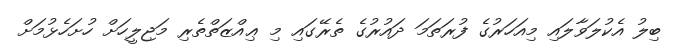
ބިލު އެކުލަވާލައި މިއަހަރުގެ ފުރަތަމަ ދައުރުގެ ތެރޭގައި މި ޢިއްޒަތްތެރި މަޖިލީހަށް ހުށަހެޅުމަށް